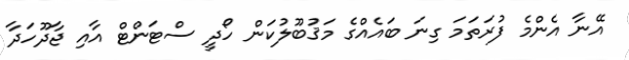
އޭނާ އެންމެ ފުރަތަމަ ގިނަ ބައެއްގެ މަޤުބޫލުކަން ހޯދީ ސްޓަންޓް އާއި ޖާދޫހަދާ